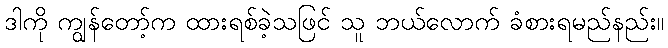
ဒါကို ကျွန်တော့်က ထားရစ်ခဲ့သဖြင် သူ ဘယ်လောက် ခံစားရမည်နည်း။